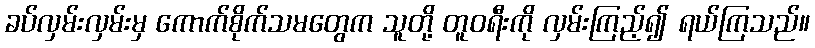
ခပ်လှမ်းလှမ်းမှ ကောက်စိုက်သမတွေက သူတို့ တူဝရီးကို လှမ်းကြည့်၍ ရယ်ကြသည်။